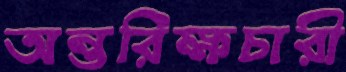
অন্তরিক্ষচারী